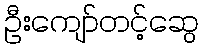
ဦးကျော်တင့်ဆွေ